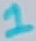
Text: 1